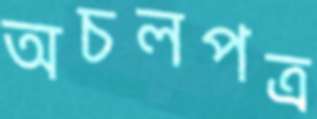
অচলপত্র